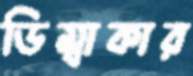
ডিম্বাকার